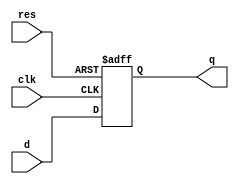
module Q1(d, res, clk, q);
    input d, res, clk;
    output reg q;
    always@(posedge clk or posedge res)
        if(res)
            q <= 0;
        else
            q <=d;
endmodule